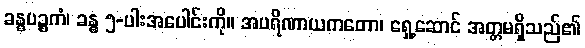
ခန္ဓပဉ္စကံ၊ ခန္ဓ ၅-ပါးအပေါင်းကို။ အပရိဏာယကတော၊ ရှေ့ဆောင် အတ္တမရှိသည်၏